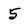
Character: 5